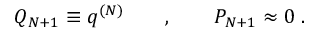
Q _ { N + 1 } \equiv q ^ { ( N ) } \qquad , \qquad P _ { N + 1 } \approx 0 \; .